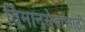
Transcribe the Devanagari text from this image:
विमानसेवांसाठी